Indian journal of veterinary science and animal husbandry - Volume 14,
Year: 1944
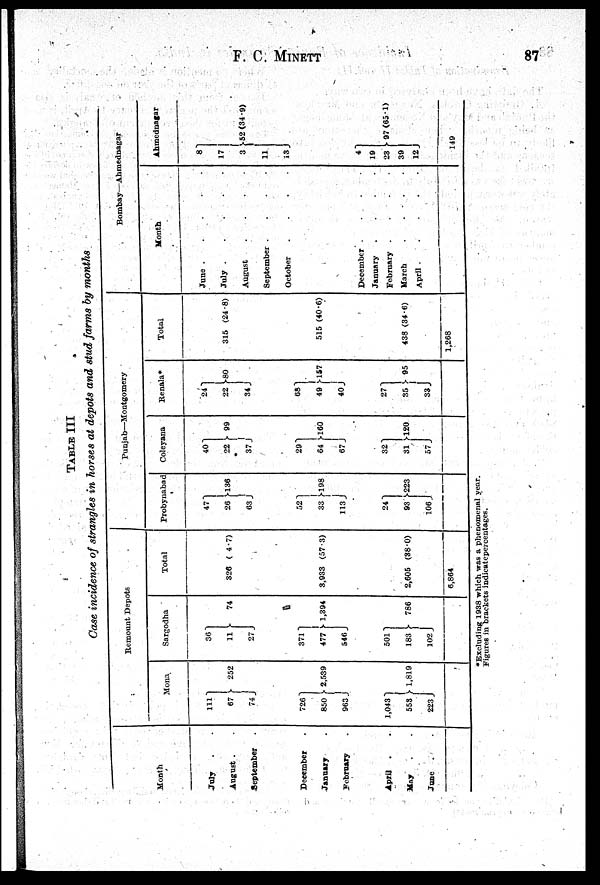
F. C. MINETT
87
TABLE
III
Case incidence of strangles in horses at depots and stud farms by months
Month
July . .
August . .
September .
December .
January .
February .
April . .
May
. .
June . .
Remount Depots
Mona
111
67
74
726
850
963
1,043
558
223
252
2,539
1,819
Sargodha
36
11
27
371
477
546
501
183
102
74
1,394
786
Total
326
(4.7)
3,933 (57.3)
2,605 (38.0)
6,864
Punjab—Montgomery
Probynabad
47
26
63
52
33
113
24
93
106
136
98
223
Coleyana
40
22
37
29
64
67
32
31
57
99
160
120
Renala*
24
22
34
68
49
40
27
35
33
80
157
95
Total
315 (24.8)
515 (40.6)
438 (34.6)
1,268
Bombay—Ahmednagar
Month
June . . . . .
July . . . . .
August . . . . .
September . . . . .
October . . . . .
December .
.
.
.
January
.
.
.
.
February .
.
.
.
March
.
.
.
.
April .
.
.
.
.
Ahmednagar
8
17
3 52
11
13
4
19
23
39
12
(34.9)
97(65.1)
149
*Excluding 1938 which was a phenomenal year.
Figures in brackets indicatepercentages.